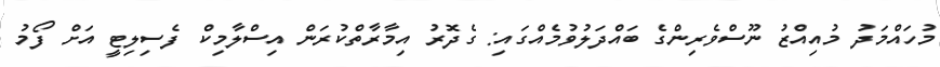
މުހައްމަދު މުއިއްޒު ނޫސްވެރިންގެ ބައްދަލުވުމެއްގައި: ގެދޮރު އިމާރާތްކުރަން އިސްލާމިކް ފެސިލިޓީ އަށް ފޯމު